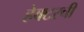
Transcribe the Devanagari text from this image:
हेक्टरची